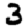
Digit: 3